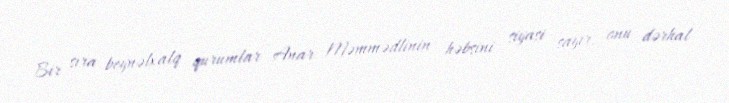
Bir sıra beynəlxalq qurumlar Anar Məmmədlinin həbsini siyasi sayır, onu dərhal